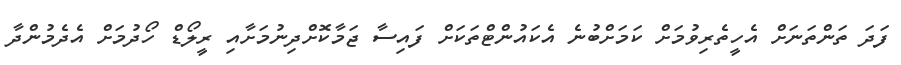
ފަދަ ތަންތަނަށް އެހީތެރިވުމަށް ކަމަށްބުނެ އެކައުންޓްތަކަށް ފައިސާ ޖަމާކޮށްދިނުމަށާއި ރީލޯޑް ހޯދުމަށް އެދެމުންދާ